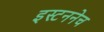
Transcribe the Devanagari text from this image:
इस्टननेच